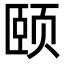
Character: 颐